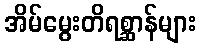
အိမ်မွေးတိရစ္ဆာန်များ